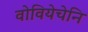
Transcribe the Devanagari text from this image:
वोवियेचेनि